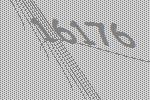
16176